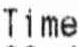
TIME